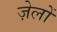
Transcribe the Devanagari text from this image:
ज़ेलों